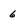
Character: 6